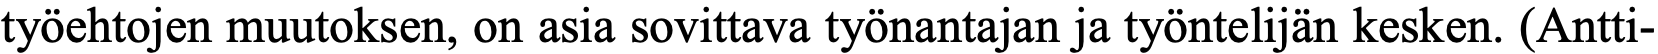
työehtojen muutoksen, on asia sovittava työnantajan ja työntelijän kesken. (Antti-